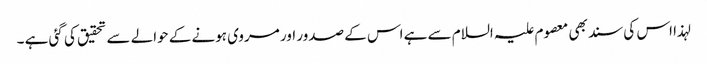
لہذا اس کی سند بھی معصوم علیہ السلام سے ہے اس کے صدور اور مروی ہونے کے حوالے سے تحقیق کی گئی ہے ۔